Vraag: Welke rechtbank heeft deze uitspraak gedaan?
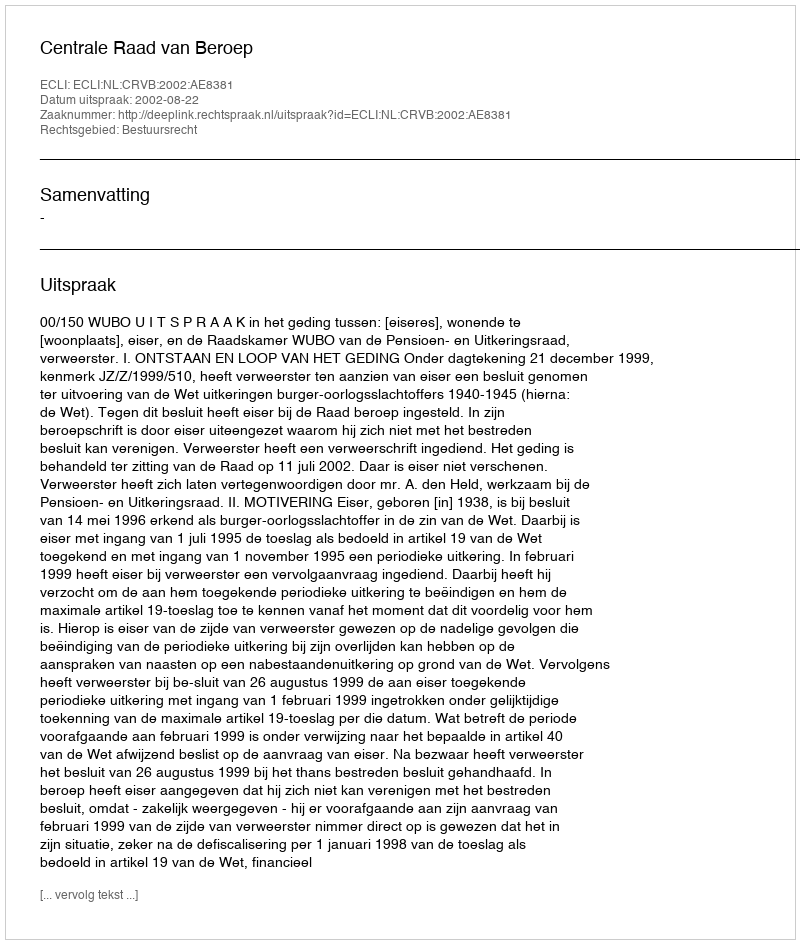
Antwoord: Centrale Raad van Beroep